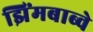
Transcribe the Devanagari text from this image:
झिंमबाब्वे